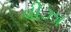
વીઝા